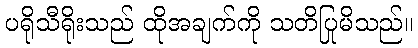
ပရိုသီရိုးသည် ထိုအချက်ကို သတိပြုမိသည်။